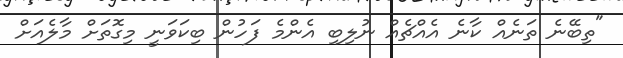
"ތިބޭނެ ތަނެއް ކާނެ އެއްޗެއް ނުލިބި އެންމެ ފަހުން ބިކަވަނީ މިގޮތަށް މާލެއަށް